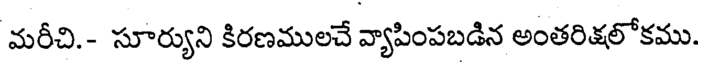
మరీచి.- సూర్యుని కిరణములచే వ్యాపింపబడిన అంతరిక్షలోకము.